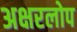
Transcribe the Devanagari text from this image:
अक्षरलोप